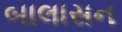
બાલાસન